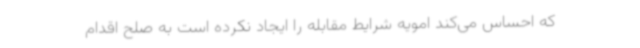
که احساس می‌کند امویه شرایط مقابله را ایجاد نکرده است به صلح اقدام